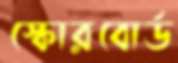
স্কোরবোর্ড